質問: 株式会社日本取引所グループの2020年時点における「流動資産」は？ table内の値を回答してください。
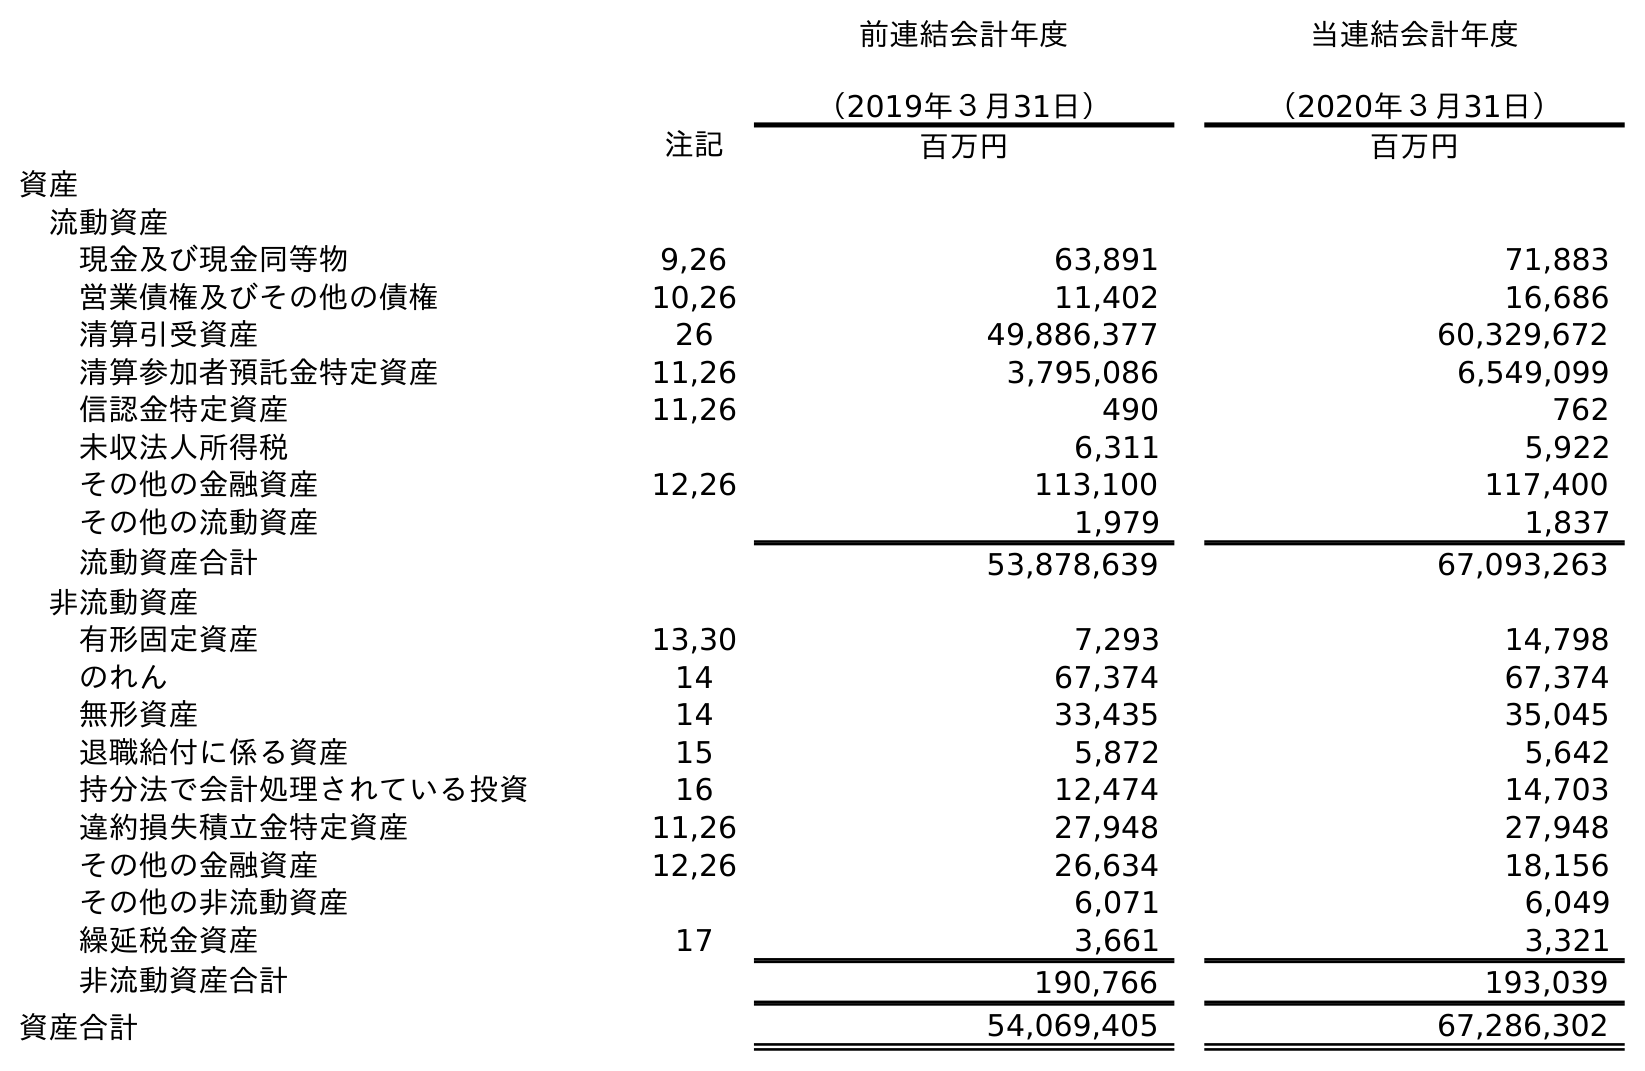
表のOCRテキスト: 前連結会計年度 （2019年３月31日） 当連結会計年度 （2020年３月31日） 注記 百万円 百万円 資産 流動資産 現金及び現金同等物 9,26 63,891 71,883 営業債権及びその他の債権 10,26 11,402 16,686 清算引受資産 26 49,886,377 60,329,672 清算参加者預託金特定資産 11,26 3,795,086 6,549,099 信認金特定資産 11,26 490 762 未収法人所得税 6,311 5,922 その他の金融資産 12,26 113,100 117,400 その他の流動資産 1,979 1,837 流動資産合計 53,878,639 67,093,263 非流動資産 有形固定資産 13,30 7,293 14,798 のれん 14 67,374 67,374 無形資産 14 33,435 35,045 退職給付に係る資産 15 5,872 5,642 持分法で会計処理されている投資 16 12,474 14,703 違約損失積立金特定資産 11,26 27,948 27,948 その他の金融資産 12,26 26,634 18,156 その他の非流動資産 6,071 6,049 繰延税金資産 17 3,661 3,321 非流動資産合計 190,766 193,039 資産合計 54,069,405 67,286,302
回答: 67,093,263